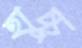
হাচ্চু